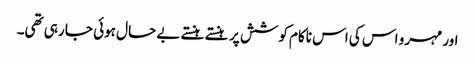
اور مہرو اس کی اس ناکام کوشش پر ہنستے ہنستے بے حال ہوئی جا رہی تھی۔